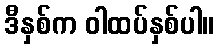
ဒီနှစ်က ဝါထပ်နှစ်ပါ။